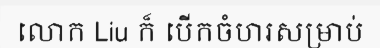
លោក Liu ក៏ បើកចំហរសម្រាប់